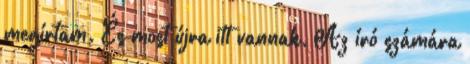
megírtam. És most újra itt vannak. Az író számára